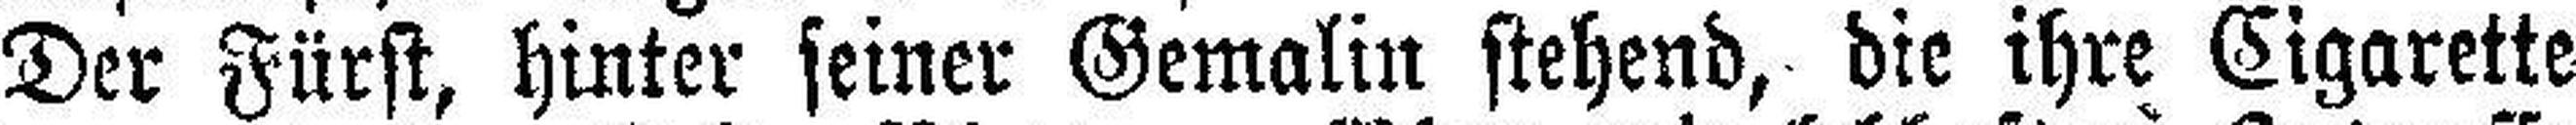
Der Fürst, hinter seiner Gemalin stehend, die ihre Cigarette